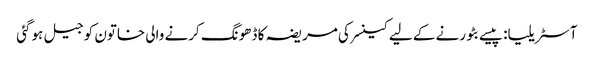
آسٹریلیا: پیسے بٹورنے کے لیے کینسر کی مریضہ کا ڈھونگ کرنے والی خاتون کو جیل ہوگئی